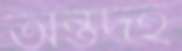
অন্তর্দহ